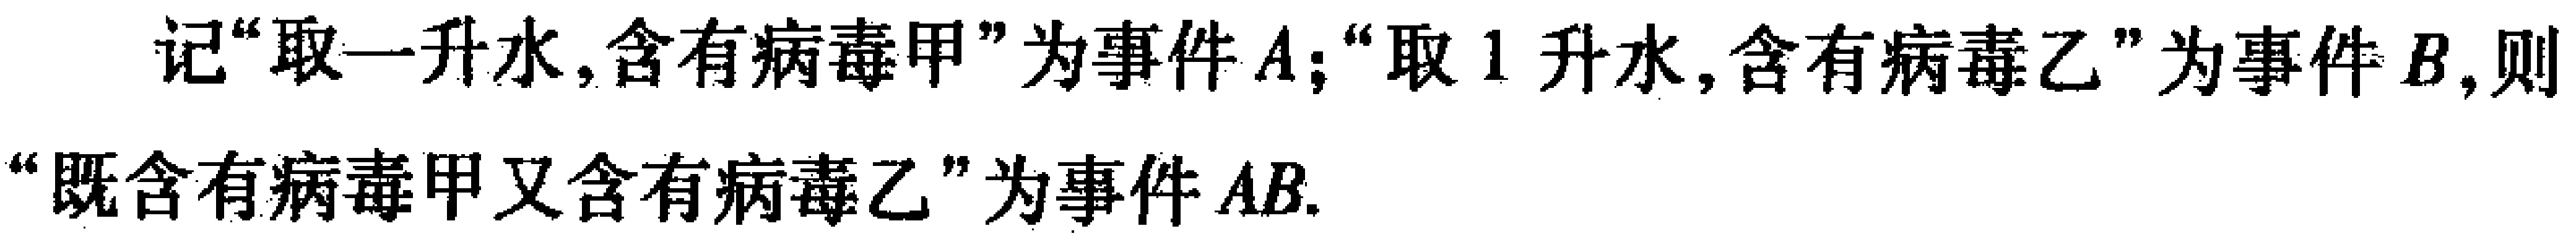
记“取一升水,含有病毒甲”为事件\(A\)；“取\(1\)升水,含有病毒乙”为事件\(B\),则“既含有病毒甲又含有病毒乙”为事件\(AB\).